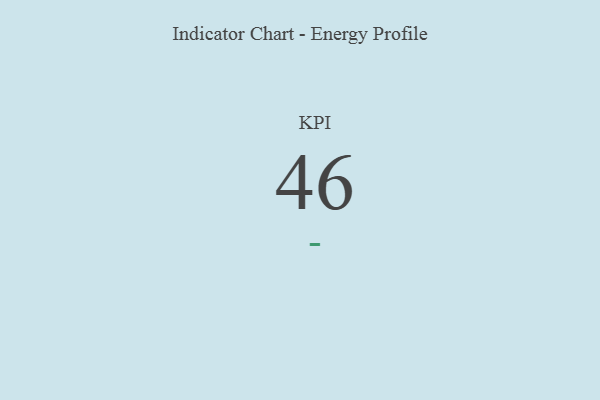
{"axis": {"x": "KPI", "y": "Value"}, "legend": [""], "data": [{"x": "KPI", "y": 46, "type": ""}]}